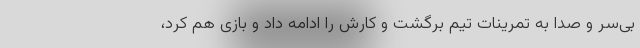
بی‌سر و صدا به تمرینات تیم برگشت و کارش را ادامه داد و بازی هم کرد،